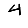
Digit: 4